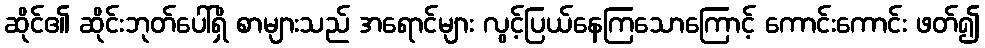
ဆိုင်၏ ဆိုင်းဘုတ်ပေါ်ရှိ စာများသည် အရောင်များ လွင့်ပြယ်နေကြသောကြောင့် ကောင်းကောင်း ဖတ်၍